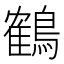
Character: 鶴